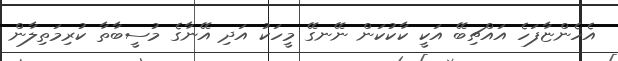
އެހެންޏާފަހެ އައްޗިބޭ އަކީ ކާކުކަން ނޭނގޭ މީހަކު އަދި އޭނާގެ މުސީބާތާ ކުރިމަތިލާން